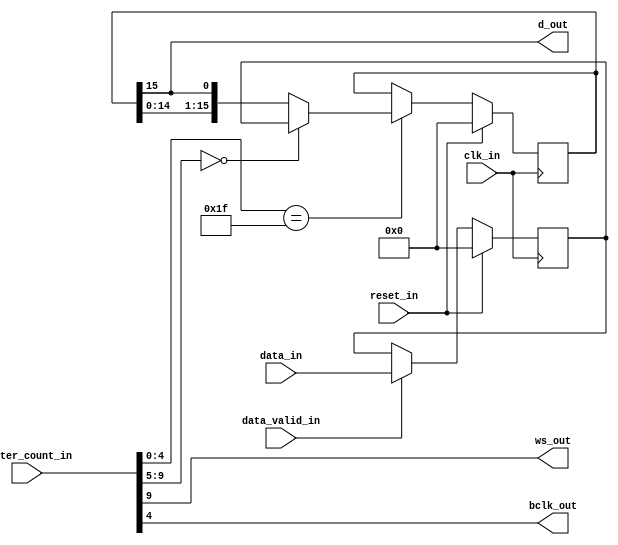
`default_nettype none
module i2s_out 
(
    input   wire reset_in,
    input   wire clk_in,
    input   wire [9:0]master_count_in,
    input   wire [15:0] data_in,
    input   wire data_valid_in,
    output  wire d_out,
    output  wire ws_out,
    output  wire bclk_out   
);
    reg[15:0]                   buffer_reg;
    reg                         buffer_valid;
    reg[15:0]                   shift_reg;

    assign d_out = shift_reg[15];
    assign bclk_out = master_count_in[4];//32fs
    assign ws_out = master_count_in[9];//1024fs

    wire[4:0]   bclk_counter;
    wire[4:0]   ws_counter;

    assign bclk_counter = master_count_in[4:0];
    assign ws_counter = master_count_in[9:5];

    always@(posedge clk_in)begin
        if(reset_in == 1'b1)begin
            buffer_reg <= 16'h0;
            buffer_valid <= 1'b0;
            shift_reg <= 16'h0;
        end
        else begin
            if(bclk_counter == 5'h1f)begin
                if(ws_counter == 0)begin
                    shift_reg <= buffer_reg;
                end
                else begin
                    shift_reg <= {shift_reg[14:0],shift_reg[15]};
                end
            end    

            if(data_valid_in == 1'b1)begin
                buffer_reg <= data_in;
            end
        end
    end

endmodule